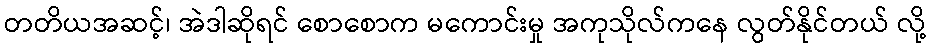
တတိယအဆင့်၊ အဲဒါဆိုရင် စောစောက မကောင်းမှု အကုသိုလ်ကနေ လွတ်နိုင်တယ် လို့